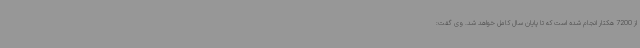
از 7200 هکتار انجام شده است که تا پایان سال کامل خواهد شد. وی گفت: